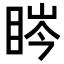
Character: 𥆱